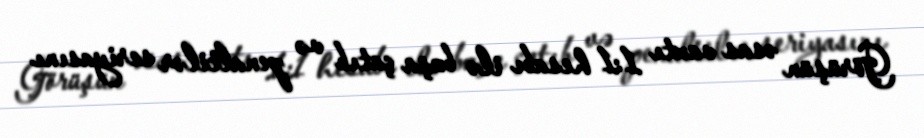
Görüşün əsas vaxtı 1:1 hesabı ilə başa çatıb və penaltilər seriyasını